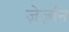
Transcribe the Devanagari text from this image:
ज़ेर्ज़ान